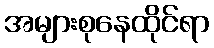
အများစုနေထိုင်ရာ